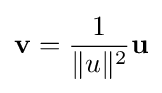
\mathbf {v} ={\frac {1}{\|u\|^{2}}}\mathbf {u}